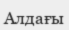
Алдағы